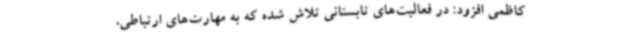
کاظمی افزود: در فعالیت‌های تابستانی تلاش شده که به مهارت‌های ارتباطی،